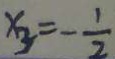
x _ { 3 } = - \frac { 1 } { 2 }